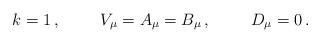
LaTeX: \begin{align*}k = 1\, ,\hspace{1cm}V_{\mu}=A_{\mu}=B_{\mu}\, ,\hspace{1cm}D_{\mu}=0\, .\end{align*}